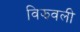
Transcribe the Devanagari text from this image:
विझवली